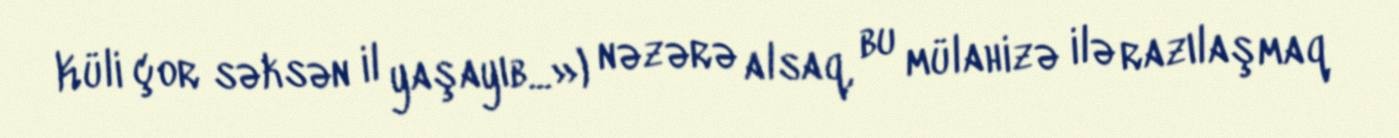
Küli çor səksən il yaşayıb...») nəzərə alsaq, bu mülahizə ilə razılaşmaq